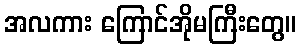
အလကား ကြောင်အိုမကြီးတွေ။